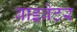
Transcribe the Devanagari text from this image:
बाइब्रेटर